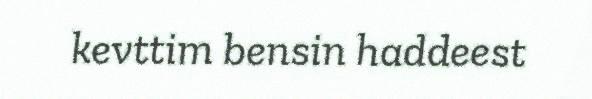
kevttim bensin haddeest